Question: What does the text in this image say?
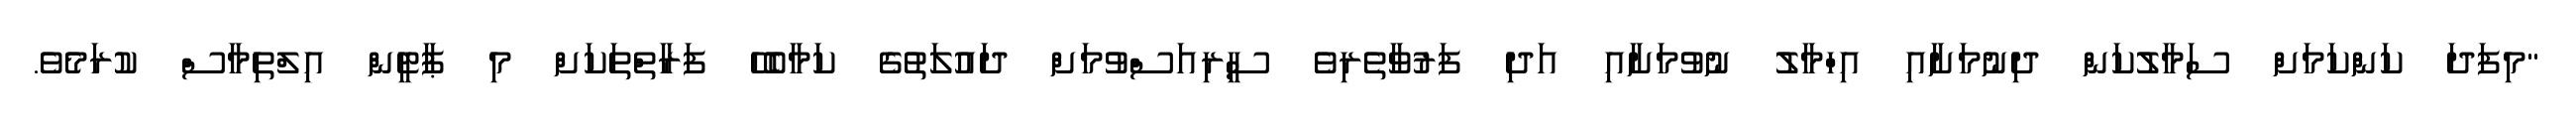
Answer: "މިފަދަ ކަންކަމަށް ސަމާލުކަން ދިނުމަށާއި އިހްމާލު ނުވުމަށާއި އަދި ފަރުވާތެރިވެ ސީރިއަސްވުމަށް ދައުލަތުގެ ކަމާބެހޭ ފަރާތްތަކަށް މި ޕާޓީން އިލްތިމާސް ކުރަމެވެ.